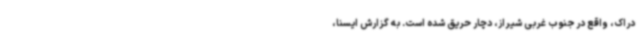
دراک، واقع در جنوب غربی شیراز، دچار حریق شده است. به گزارش ایسنا،